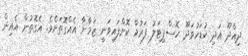
ދިއްދޫ އަދި ކުޑަހުވަދޫ ހޮސްޕިޓަލު ފަރުމާ ކޮށްފައިވަނީ ޒަމާނާ އެއްގޮތަށެވެ. އެގޮތުން އެއިން